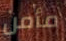
مأمن